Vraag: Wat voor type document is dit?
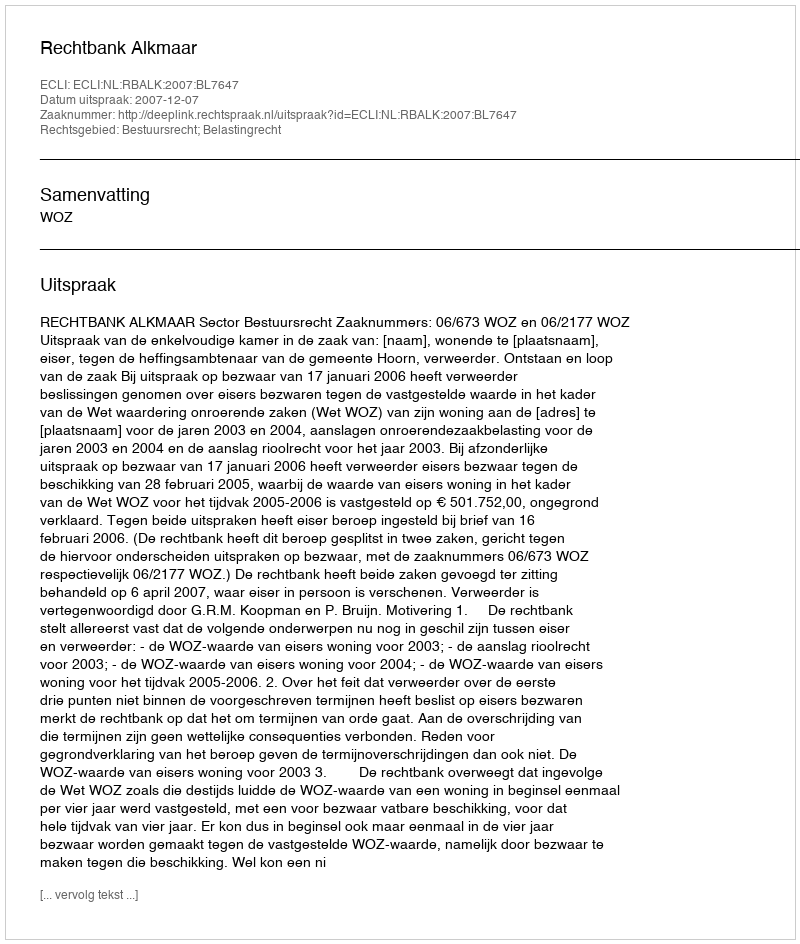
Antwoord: Uitspraak